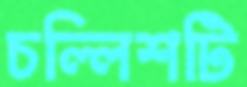
চল্লিশটি